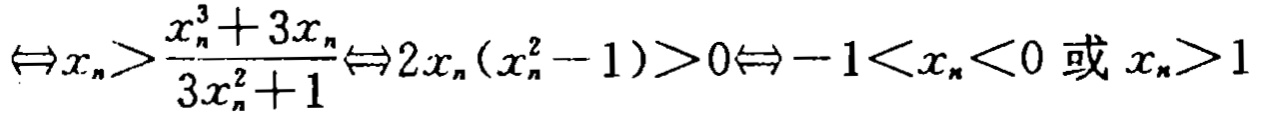
$\Leftrightarrow x_{n}>\frac{x_{n}^{3}+3x_{n}}{3x_{n}^{2}+1}\Leftrightarrow 2x_{n}(x_{n}^{2}-1)>0\Leftrightarrow -1<x_{n}<0\text{ 或 }x_{n}>1$